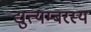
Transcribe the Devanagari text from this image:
द्युत्यम्बरस्य